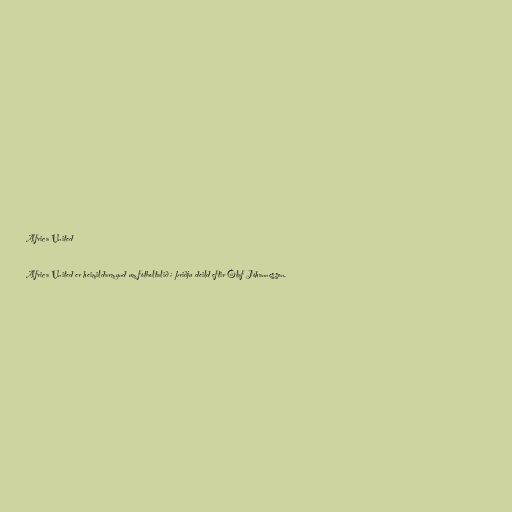
Africa United

Africa United er heimildarmynd um fótboltalið í þriðju deild eftir Ólaf Jóhannesson.